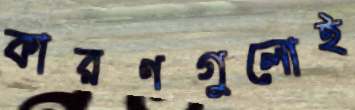
কারণগুলোই